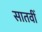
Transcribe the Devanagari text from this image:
सातवीँ